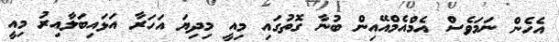
އެހެން ނަމަވެސް އެމްއެމްއޭއިން ބުނާ ގޮތުގައި މިއީ މިދިޔަ އަހަރާ އަޅައިބަލާއިރު މިއީ